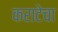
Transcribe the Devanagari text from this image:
कराटेचा